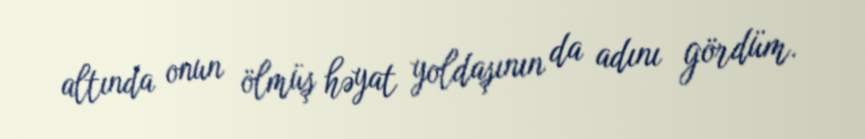
altında onun ölmüş həyat yoldaşının da adını gördüm.